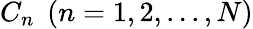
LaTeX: {C_{n}}\; \left({n=1,2,...,N}\right)